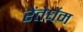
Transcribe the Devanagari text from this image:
रेंतेर्घेम